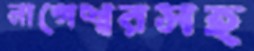
নাগেশ্বরসহ